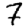
Digit: 7